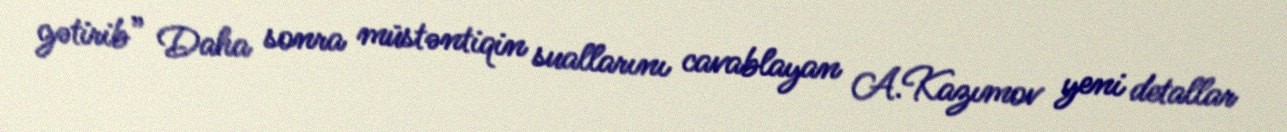
gətirib” Daha sonra müstəntiqin suallarını cavablayan A.Kazımov yeni detallar